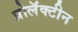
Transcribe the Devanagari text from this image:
प्रोलॅक्टीन